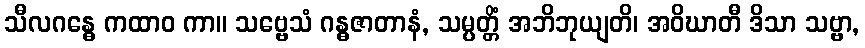
သီလဂန္ဓေ ကထာဝ ကာ။ သဗ္ဗေသံ ဂန္ဓဇာတာနံ, သမ္ပတ္တိံ အဘိဘုယျတိ၊ အဝိဃာတီ ဒိသာ သဗ္ဗာ,